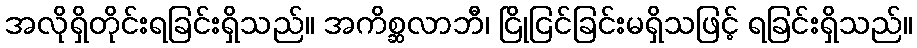
အလိုရှိတိုင်းရခြင်းရှိသည်။ အကိစ္ဆလာဘီ၊ ငြိုငြင်ခြင်းမရှိသဖြင့် ရခြင်းရှိသည်။